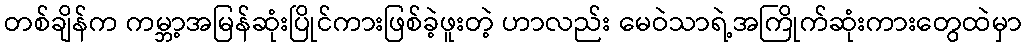
တစ်ချိန်က ကမ္ဘာ့အမြန်ဆုံးပြိုင်ကားဖြစ်ခဲ့ဖူးတဲ့ ဟာလည်း မေဝဲသာရဲ့အကြိုက်ဆုံးကားတွေထဲမှာ